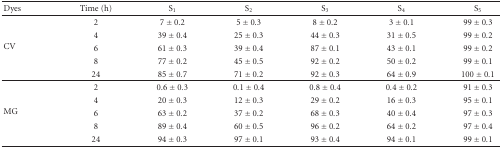
<table><thead><tr><td><b> Dyes</b></td><td><b>Time (h)</b></td><td><b>S<sub>1</sub></b></td><td><b>S<sub>2</sub></b></td><td><b>S<sub>3</sub></b></td><td><b>S<sub>4</sub></b></td><td><b>S<sub>5</sub></b></td></tr></thead><tbody><tr><td rowspan="5">CV</td><td>2</td><td>7 ± 0.2</td><td>5 ± 0.3</td><td>8 ± 0.2</td><td>3 ± 0.1</td><td>99 ± 0.3</td></tr><tr><td>4</td><td>39 ± 0.4</td><td>25 ± 0.3</td><td>44 ± 0.3</td><td>31 ± 0.5</td><td>99 ± 0.2</td></tr><tr><td>6</td><td>61 ± 0.3</td><td>39 ± 0.4</td><td>87 ± 0.1</td><td>43 ± 0.1</td><td>99 ± 0.2</td></tr><tr><td>8</td><td>77 ± 0.2</td><td>45 ± 0.5</td><td>92 ± 0.2</td><td>50 ± 0.2</td><td>99 ± 0.1</td></tr><tr><td>24</td><td>85 ± 0.7</td><td>71 ± 0.2</td><td>92 ± 0.3</td><td>64 ± 0.9</td><td>100 ± 0.1</td></tr><tr><td rowspan="5">MG</td><td>2</td><td>0.6 ± 0.3</td><td>0.1 ± 0.4</td><td>0.8 ± 0.4</td><td>0.4 ± 0.2</td><td>91 ± 0.3</td></tr><tr><td>4</td><td>20 ± 0.3</td><td>12 ± 0.3</td><td>29 ± 0.2</td><td>16 ± 0.3</td><td>95 ± 0.1</td></tr><tr><td>6</td><td>63 ± 0.2</td><td>37 ± 0.2</td><td>68 ± 0.3</td><td>40 ± 0.4</td><td>97 ± 0.3</td></tr><tr><td>8</td><td>89 ± 0.4</td><td>60 ± 0.5</td><td>96 ± 0.2</td><td>64 ± 0.2</td><td>97 ± 0.4</td></tr><tr><td>24</td><td>94 ± 0.3</td><td>97 ± 0.1</td><td>93 ± 0.4</td><td>94 ± 0.1</td><td>99 ± 0.1</td></tr></tbody></table>